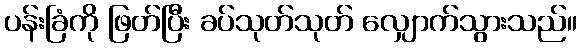
ပန်းခြံကို ဖြတ်ပြီး ခပ်သုတ်သုတ် လျှောက်သွားသည်။